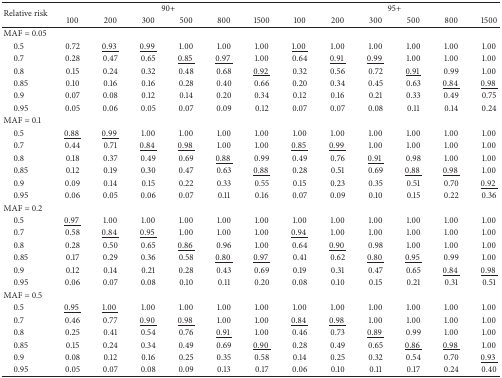
<table><thead><tr><td rowspan="2"><b>Relative risk</b></td><td colspan="6"><b>90+</b></td><td colspan="6"><b>95+</b></td></tr><tr><td><b>100</b></td><td><b>200</b></td><td><b>300</b></td><td><b>500</b></td><td><b>800</b></td><td><b>1500</b></td><td><b>100</b></td><td><b>200</b></td><td><b>300</b></td><td><b>500</b></td><td><b>800</b></td><td><b>1500</b></td></tr></thead><tbody><tr><td>MAF = 0.05</td><td> </td><td> </td><td> </td><td> </td><td> </td><td> </td><td> </td><td> </td><td> </td><td> </td><td> </td><td> </td></tr><tr><td> 0.5</td><td>0.72 </td><td><underline>0.93 </underline></td><td><underline>0.99 </underline></td><td>1.00 </td><td>1.00 </td><td>1.00 </td><td><underline>1.00 </underline></td><td>1.00 </td><td>1.00 </td><td>1.00 </td><td>1.00 </td><td>1.00 </td></tr><tr><td> 0.7</td><td>0.28 </td><td>0.47 </td><td>0.65 </td><td><underline>0.85 </underline></td><td><underline>0.97 </underline></td><td>1.00 </td><td>0.64 </td><td><underline>0.91 </underline></td><td><underline>0.99 </underline></td><td>1.00 </td><td>1.00 </td><td>1.00 </td></tr><tr><td> 0.8</td><td>0.15 </td><td>0.24 </td><td>0.32 </td><td>0.48 </td><td>0.68 </td><td><underline>0.92 </underline></td><td>0.32 </td><td>0.56 </td><td>0.72 </td><td><underline>0.91 </underline></td><td>0.99 </td><td>1.00 </td></tr><tr><td> 0.85</td><td>0.10 </td><td>0.16 </td><td>0.16 </td><td>0.28 </td><td>0.40 </td><td>0.66 </td><td>0.20 </td><td>0.34 </td><td>0.45 </td><td>0.63 </td><td><underline>0.84 </underline></td><td><underline>0.98 </underline></td></tr><tr><td> 0.9</td><td>0.07 </td><td>0.08 </td><td>0.12 </td><td>0.14 </td><td>0.20 </td><td>0.34 </td><td>0.12 </td><td>0.16 </td><td>0.21 </td><td>0.33 </td><td>0.49 </td><td>0.75 </td></tr><tr><td> 0.95</td><td>0.05 </td><td>0.06 </td><td>0.05 </td><td>0.07 </td><td>0.09 </td><td>0.12 </td><td>0.07 </td><td>0.07 </td><td>0.08 </td><td>0.11 </td><td>0.14 </td><td>0.24 </td></tr><tr><td>MAF = 0.1</td><td> </td><td> </td><td> </td><td> </td><td> </td><td> </td><td> </td><td> </td><td> </td><td> </td><td> </td><td> </td></tr><tr><td> 0.5</td><td><underline>0.88 </underline></td><td><underline>0.99 </underline></td><td>1.00 </td><td>1.00 </td><td>1.00 </td><td>1.00 </td><td>1.00 </td><td>1.00 </td><td>1.00 </td><td>1.00 </td><td>1.00 </td><td>1.00 </td></tr><tr><td> 0.7</td><td>0.44 </td><td>0.71 </td><td><underline>0.84 </underline></td><td><underline>0.98 </underline></td><td>1.00 </td><td>1.00 </td><td><underline>0.85 </underline></td><td><underline>0.99 </underline></td><td>1.00 </td><td>1.00 </td><td>1.00 </td><td>1.00 </td></tr><tr><td> 0.8</td><td>0.18 </td><td>0.37 </td><td>0.49 </td><td>0.69 </td><td><underline>0.88 </underline></td><td>0.99 </td><td>0.49 </td><td>0.76 </td><td><underline>0.91 </underline></td><td>0.98 </td><td>1.00 </td><td>1.00 </td></tr><tr><td> 0.85</td><td>0.12 </td><td>0.19 </td><td>0.30 </td><td>0.47 </td><td>0.63 </td><td><underline>0.88 </underline></td><td>0.28 </td><td>0.51 </td><td>0.69 </td><td><underline>0.88 </underline></td><td><underline>0.98 </underline></td><td>1.00 </td></tr><tr><td> 0.9</td><td>0.09 </td><td>0.14 </td><td>0.15 </td><td>0.22 </td><td>0.33 </td><td>0.55 </td><td>0.15 </td><td>0.23 </td><td>0.35 </td><td>0.51 </td><td>0.70 </td><td><underline>0.92 </underline></td></tr><tr><td> 0.95</td><td>0.06 </td><td>0.05 </td><td>0.06 </td><td>0.07 </td><td>0.11 </td><td>0.16 </td><td>0.07 </td><td>0.09 </td><td>0.10 </td><td>0.15 </td><td>0.22 </td><td>0.36 </td></tr><tr><td>MAF = 0.2</td><td> </td><td> </td><td> </td><td> </td><td> </td><td> </td><td> </td><td> </td><td> </td><td> </td><td> </td><td> </td></tr><tr><td> 0.5</td><td><underline>0.97 </underline></td><td>1.00 </td><td>1.00 </td><td>1.00 </td><td>1.00 </td><td>1.00 </td><td>1.00 </td><td>1.00 </td><td>1.00 </td><td>1.00 </td><td>1.00 </td><td>1.00 </td></tr><tr><td> 0.7</td><td>0.58 </td><td><underline>0.84 </underline></td><td><underline>0.95 </underline></td><td>1.00 </td><td>1.00 </td><td>1.00 </td><td><underline>0.94 </underline></td><td>1.00 </td><td>1.00 </td><td>1.00 </td><td>1.00 </td><td>1.00 </td></tr><tr><td> 0.8</td><td>0.28 </td><td>0.50 </td><td>0.65 </td><td><underline>0.86 </underline></td><td>0.96 </td><td>1.00 </td><td>0.64 </td><td><underline>0.90 </underline></td><td>0.98 </td><td>1.00 </td><td>1.00 </td><td>1.00 </td></tr><tr><td> 0.85</td><td>0.17 </td><td>0.29 </td><td>0.36 </td><td>0.58 </td><td><underline>0.80 </underline></td><td><underline>0.97 </underline></td><td>0.41 </td><td>0.62 </td><td><underline>0.80 </underline></td><td><underline>0.95 </underline></td><td>0.99 </td><td>1.00 </td></tr><tr><td> 0.9</td><td>0.12 </td><td>0.14 </td><td>0.21 </td><td>0.28 </td><td>0.43 </td><td>0.69 </td><td>0.19 </td><td>0.31 </td><td>0.47 </td><td>0.65 </td><td><underline>0.84 </underline></td><td><underline>0.98 </underline></td></tr><tr><td> 0.95</td><td>0.06 </td><td>0.07 </td><td>0.08 </td><td>0.10 </td><td>0.11 </td><td>0.20 </td><td>0.08 </td><td>0.10 </td><td>0.15 </td><td>0.21 </td><td>0.31 </td><td>0.51 </td></tr><tr><td>MAF = 0.5</td><td> </td><td> </td><td> </td><td> </td><td> </td><td> </td><td> </td><td> </td><td> </td><td> </td><td> </td><td> </td></tr><tr><td> 0.5</td><td><underline>0.95 </underline></td><td><underline>1.00 </underline></td><td>1.00 </td><td>1.00 </td><td>1.00 </td><td>1.00 </td><td>1.00 </td><td>1.00 </td><td>1.00 </td><td>1.00 </td><td>1.00 </td><td>1.00 </td></tr><tr><td> 0.7</td><td>0.46 </td><td>0.77 </td><td><underline>0.90 </underline></td><td><underline>0.98 </underline></td><td>1.00 </td><td>1.00 </td><td><underline>0.84 </underline></td><td><underline>0.98 </underline></td><td>1.00 </td><td>1.00 </td><td>1.00 </td><td>1.00 </td></tr><tr><td> 0.8</td><td>0.25 </td><td>0.41 </td><td>0.54 </td><td>0.76 </td><td><underline>0.91 </underline></td><td>1.00 </td><td>0.46 </td><td>0.73 </td><td><underline>0.89 </underline></td><td>0.99 </td><td>1.00 </td><td>1.00 </td></tr><tr><td> 0.85</td><td>0.15 </td><td>0.24 </td><td>0.34 </td><td>0.49 </td><td>0.69 </td><td><underline>0.90 </underline></td><td>0.28 </td><td>0.49 </td><td>0.65 </td><td><underline>0.86 </underline></td><td><underline>0.98 </underline></td><td>1.00 </td></tr><tr><td> 0.9</td><td>0.08 </td><td>0.12 </td><td>0.16 </td><td>0.25 </td><td>0.35 </td><td>0.58 </td><td>0.14 </td><td>0.25 </td><td>0.32 </td><td>0.54 </td><td>0.70 </td><td><underline>0.93 </underline></td></tr><tr><td> 0.95</td><td>0.05 </td><td>0.07 </td><td>0.08 </td><td>0.09 </td><td>0.13 </td><td>0.17 </td><td>0.06 </td><td>0.10 </td><td>0.11 </td><td>0.17 </td><td>0.24 </td><td>0.40 </td></tr></tbody></table>